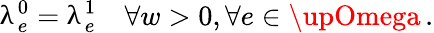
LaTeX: \uplambda_{e}^{0}=\uplambda_{e}^{1}\quad\forall w>0,\forall e\in\upOmega\, .